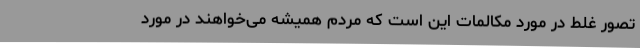
تصور غلط در مورد مکالمات این است که مردم همیشه می‌خواهند در مورد